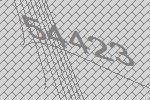
54423